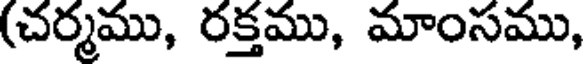
(చర్మము, రక్తము, మాంసము,